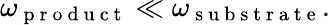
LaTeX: \omega_{\mathrm{~p~r~o~d~u~c~t~}}\ll\omega_{\mathrm{~s~u~b~s~t~r~a~t~e~}}.